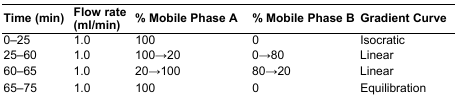
<table><thead><tr><td><b>Time (min)</b></td><td><b>Flow rate (ml/min)</b></td><td><b>% Mobile Phase A</b></td><td><b>% Mobile Phase B</b></td><td><b>Gradient Curve</b></td></tr></thead><tbody><tr><td>0–25</td><td>1.0</td><td>100</td><td>0</td><td>Isocratic</td></tr><tr><td>25–60</td><td>1.0</td><td>100→20</td><td>0→80</td><td>Linear</td></tr><tr><td>60–65</td><td>1.0</td><td>20→100</td><td>80→20</td><td>Linear</td></tr><tr><td>65–75</td><td>1.0</td><td>100</td><td>0</td><td>Equilibration</td></tr></tbody></table>